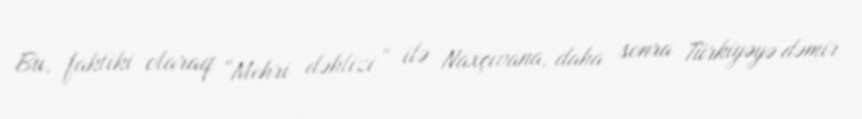
Bu, faktiki olaraq “Mehri dəhlizi” ilə Naxçıvana, daha sonra Türkiyəyə dəmir